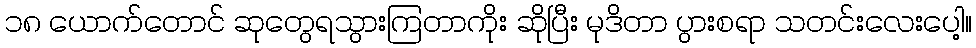
၁၈ ယောက်တောင် ဆုတွေရသွားကြတာကိုး ဆိုပြီး မုဒိတာ ပွားစရာ သတင်းလေးပေါ့။